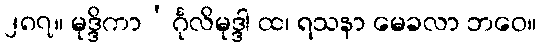
၂၈၇။ မုဒ္ဒိကာ’င်္ဂုလိမုဒ္ဒါ ထ၊ ရသနာ မေခလာ ဘဝေ။